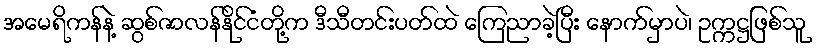
အမေရိကန်နဲ့ ဆွစ်ဇာလန်နိုင်ငံတို့က ဒီသီတင်းပတ်ထဲ ကြေညာခဲ့ပြီး နောက်မှာပဲ၊ ဥက္ကဋ္ဌဖြစ်သူ